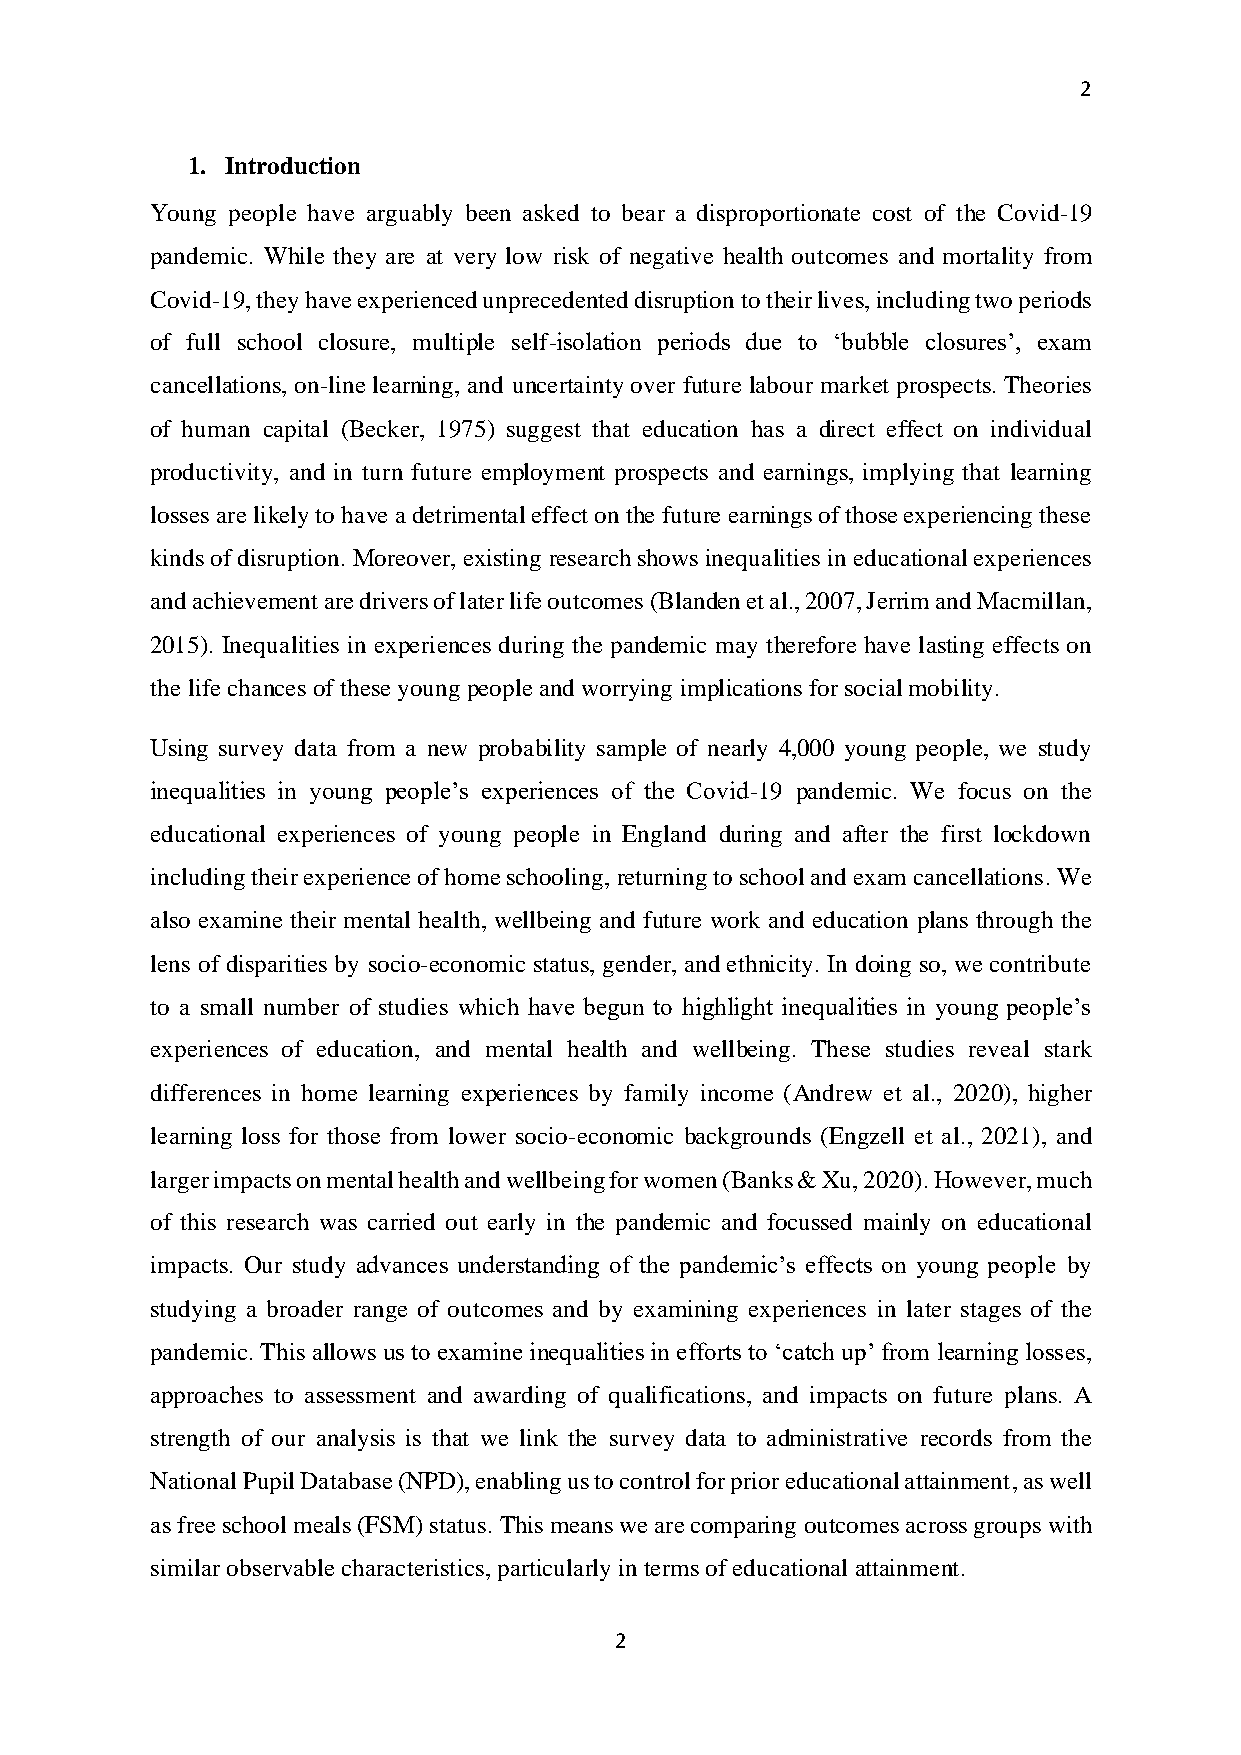
2
 1. Introduction
 Young people have arguably been asked to bear a disproportionate cost of the Covid-19
 pandemic. While they are at very low risk of negative health outcomes and mortality from
 Covid-19, they have experienced unprecedented disruption to their lives, including two periods
 of full school closure, multiple self-isolation periods due to ‘bubble closures’, exam
 cancellations, on-line learning, and uncertainty over future labour market prospects. Theories
 of human capital (Becker, 1975) suggest that education has a direct effect on individual
 productivity, and in turn future employment prospects and earnings, implying that learning
 losses are likely to have a detrimental effect on the future earnings of those experiencing these
 kinds of disruption. Moreover, existing research shows inequalities in educational experiences
 and achievement are drivers of later life outcomes (Blanden et al., 2007, Jerrim and Macmillan,
 2015). Inequalities in experiences during the pandemic may therefore have lasting effects on
 the life chances of these young people and worrying implications for social mobility.
 Using survey data from a new probability sample of nearly 4,000 young people, we study
 inequalities in young people’s experiences of the Covid-19 pandemic. We focus on the
 educational experiences of young people in England during and after the first lockdown
 including their experience of home schooling, returning to school and exam cancellations. We
 also examine their mental health, wellbeing and future work and education plans through the
 lens of disparities by socio-economic status, gender, and ethnicity. In doing so, we contribute
 to a small number of studies which have begun to highlight inequalities in young people’s
 experiences of education, and mental health and wellbeing. These studies reveal stark
 differences in home learning experiences by family income (Andrew et al., 2020), higher
 learning loss for those from lower socio-economic backgrounds (Engzell et al., 2021), and
 larger impacts on mental health and wellbeing for women (Banks & Xu, 2020). However, much
 of this research was carried out early in the pandemic and focussed mainly on educational
 impacts. Our study advances understanding of the pandemic’s effects on young people by
 studying a broader range of outcomes and by examining experiences in later stages of the
 pandemic. This allows us to examine inequalities in efforts to ‘catch up’ from learning losses,
 approaches to assessment and awarding of qualifications, and impacts on future plans. A
 strength of our analysis is that we link the survey data to administrative records from the
 National Pupil Database (NPD), enabling us to control for prior educational attainment, as well
 as free school meals (FSM) status. This means we are comparing outcomes across groups with
 similar observable characteristics, particularly in terms of educational attainment.
 2